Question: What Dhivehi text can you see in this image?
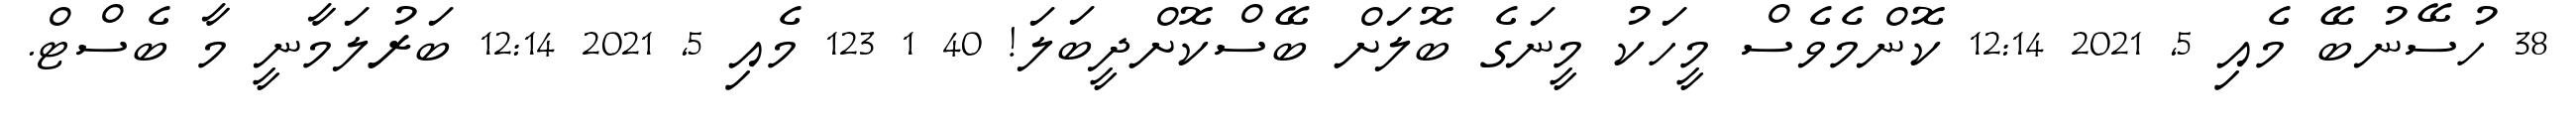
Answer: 38 ހުސޭނުބޭ މެއި 5, 2021 12:14 ކޮންމެވެސް މީހަކު މީނަގެ ބޮލަށް ބޭސްކޮށްދީބަލަ! 40 1 123 މެއި 5, 2021 12:14 ބަރުލަމާނީ މާ ބެސްޓް.